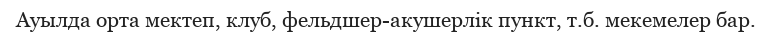
Ауылда орта мектеп, клуб, фельдшер-акушерлік пункт, т.б. мекемелер бар.